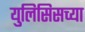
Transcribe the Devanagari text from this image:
युलिसिसच्या